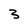
Character: 3